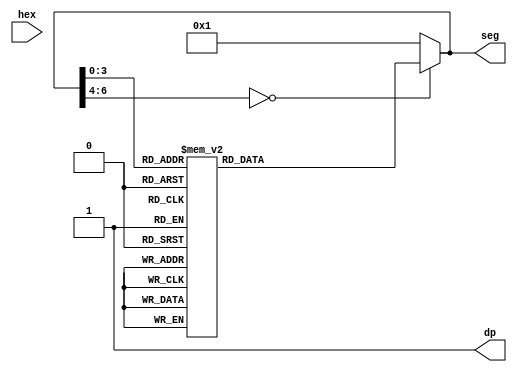
`timescale 1ns / 1ps
//////////////////////////////////////////////////////////////////////////////////
// Company: 
// Engineer: 
// 
// Design Name: 
// Module Name: hexto7segment
// Project Name: 
// Target Devices: 
// Tool Versions: 
// Description: 
// 
// Dependencies: 
// 
// Revision:
// Revision 0.01 - File Created
// Additional Comments:
// 
//////////////////////////////////////////////////////////////////////////////////


module hexto7segment(
        input [3:0] hex,
        output reg [6:0] seg,
        output dp
        );
        
        always @(*)
        case (seg)
            4'b0000 : seg = 7'b0000001;
            4'b0001 : seg = 7'b1001111;
            4'b0010 : seg = 7'b0010010;
            4'b0011 : seg = 7'b0000110;
            4'b0100 : seg = 7'b1001100;
            4'b0101 : seg = 7'b0100100;
            4'b0110 : seg = 7'b0100000;
            4'b0111 : seg = 7'b0001111;
            4'b1000 : seg = 7'b0000000;
            4'b1001 : seg = 7'b0000100;
            default : seg = 7'b0000001;
            endcase
            assign dp = 4'b1011; // turn on AN2 decimal pt
      
endmodule